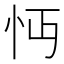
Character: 𢗔